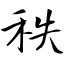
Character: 秩